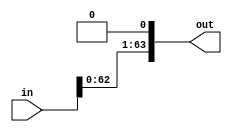
`timescale 1ns / 1ps

module left_shifter_1 (in, out);
    input [63:0] in;
    output [63:0] out;
    
    assign out = in << 1;
endmodule